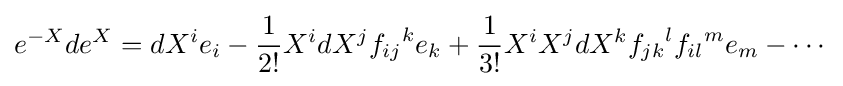
e^{-X}de^{X}=dX^{i}e_{i}-{\frac {1}{2!}}X^{i}dX^{j}{f_{ij}}^{k}e_{k}+{\frac {1}{3!}}X^{i}X^{j}dX^{k}{f_{jk}}^{l}{f_{il}}^{m}e_{m}-\cdots